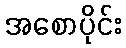
အစောပိုင်း